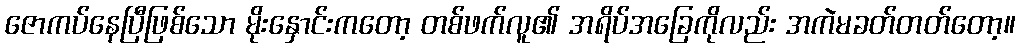
ဇောကပ်နေပြီဖြစ်သော မိုးနှောင်းကတော့ တစ်ဖက်လူ၏ အရိပ်အခြေကိုလည်း အကဲမခတ်တတ်တော့။